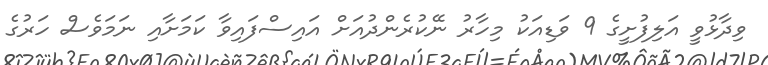
ވިދާޅުވީ އަލިފުށީގެ 9 ވަޑިއަކު މިހާރު ނޭކުރެންދުއަށް އައިސްފައިވާ ކަމަށާއި ނަމަވެސް ހަރުގެ